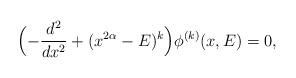
LaTeX: \begin{align*}\Bigl( -\frac{d^2}{dx^2} +(x^{2\alpha}-E)^k \Bigr) \phi^{(k)}(x, E) =0,\end{align*}